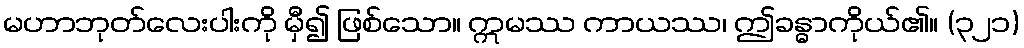
မဟာဘုတ်လေးပါးကို မှီ၍ ဖြစ်သော။ ဣမဿ ကာယဿ၊ ဤခန္ဓာကိုယ်၏။ (၃၂၁)